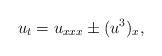
LaTeX: \begin{align*}u_t=u_{xxx}\pm(u^3)_x,\end{align*}